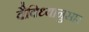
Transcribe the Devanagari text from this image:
वैविध्यानुसार